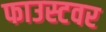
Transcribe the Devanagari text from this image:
फाउस्टवर